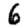
Digit: 6